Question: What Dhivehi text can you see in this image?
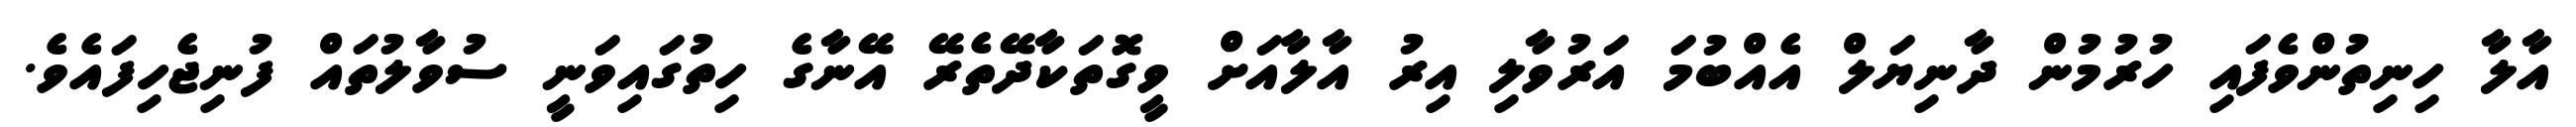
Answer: އާލާ ހިނިތުންވެފައި ހުރުމުން ދާނިޔަލް އެއްބުމަ އަރުވާލި އިރު އާލާއަށް ވީގޮތަކާދޭތެރޭ އޭނާގެ ހިތުގައިވަނީ ސުވާލުތައް ފުނިޖެހިފައެވެ.